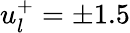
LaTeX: u_{l}^{+}=\pm 1.5